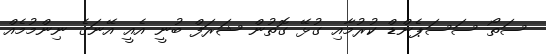
ސަތޯ ސަސަޕެންޑް ކުރުމާއި ގުޅޭ ގޮތުން ޝަރަފް ބުނީ އެއީ އޭނަގެ ނިންމުމެއް